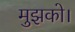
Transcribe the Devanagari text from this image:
मुझको।